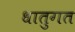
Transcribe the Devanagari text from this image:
धातुगत